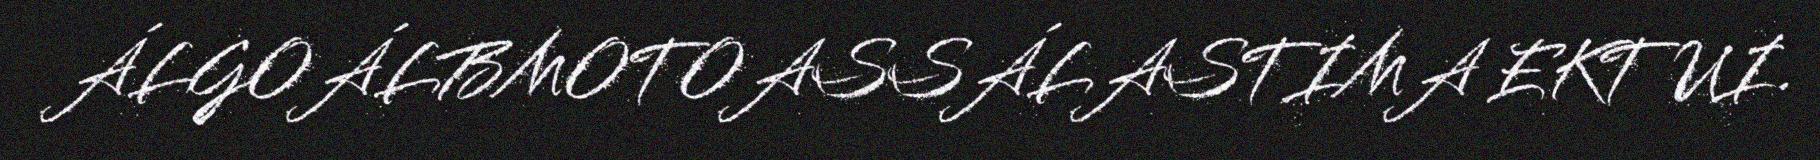
ÁLGOÁLBMOTOASSÁLASTIMA EKTUI.